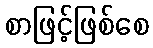
စာဖြင့်ဖြစ်စေ